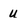
Character: u